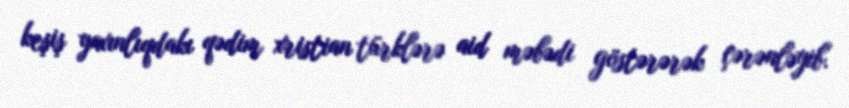
keşiş yaxınlıqdakı qədim xristian türklərə aid məbədi göstərərək çərənləyib.